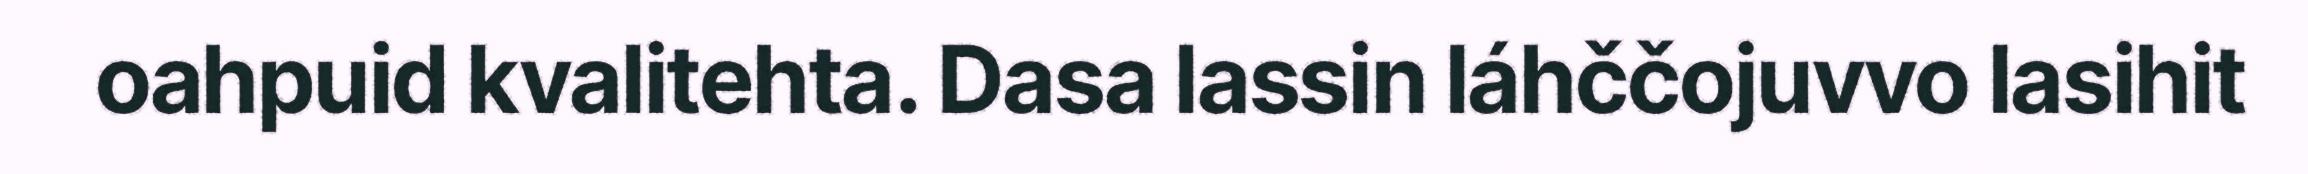
oahpuid kvalitehta. Dasa lassin láhččojuvvo lasihit